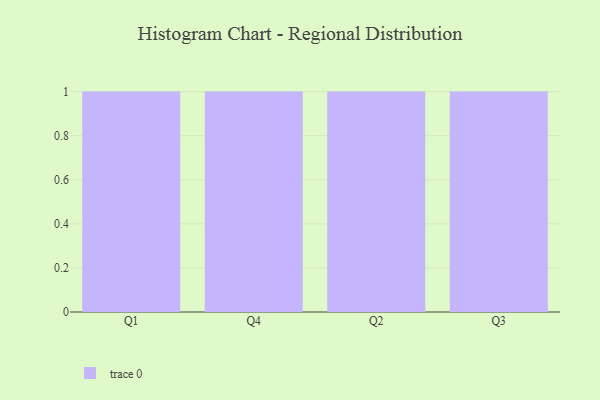
{"axis": {"x": "Quarter", "y": "Churn Rate (%)"}, "legend": [""], "data": [{"x": "Q1", "y": 22, "type": ""}, {"x": "Q4", "y": 96, "type": ""}, {"x": "Q2", "y": 53, "type": ""}, {"x": "Q3", "y": 86, "type": ""}]}